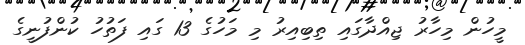
މީހުން މިހާރު ޖިއްދާގައި ތިބިިއިރު މި މަހުގެ 13 ގައި ފަތުހު ކުންފުނީގެ